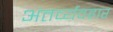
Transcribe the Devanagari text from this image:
अंतर्व्यवहार